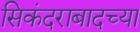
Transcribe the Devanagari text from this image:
सिकंदराबादच्या